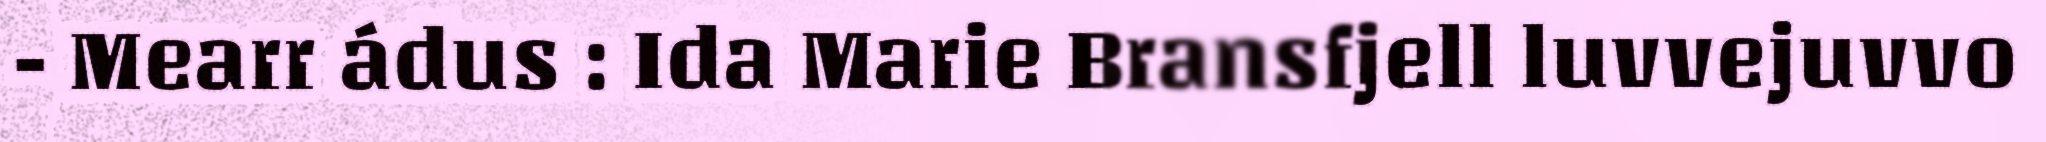
- Mearr ádus : Ida Marie Bransfjell luvvejuvvo